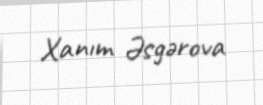
Xanım Əsgərova